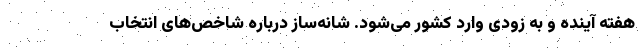
هفته آینده و به زودی وارد کشور می‌شود. شانه‌ساز درباره شاخص‌های انتخاب